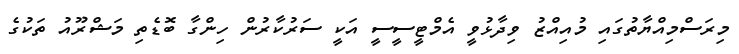
މިރަސްމިއްޔާތުގައި މުއިއްޒު ވިދާޅުވީ އެމްޓީސީސީ އަކީ ސަރުކާރުން ހިންގާ ބޮޑެތި މަޝްރޫއު ތަކުގެ